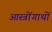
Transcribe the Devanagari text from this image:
आस्त्रोंगाथों